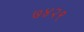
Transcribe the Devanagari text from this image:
७४२९